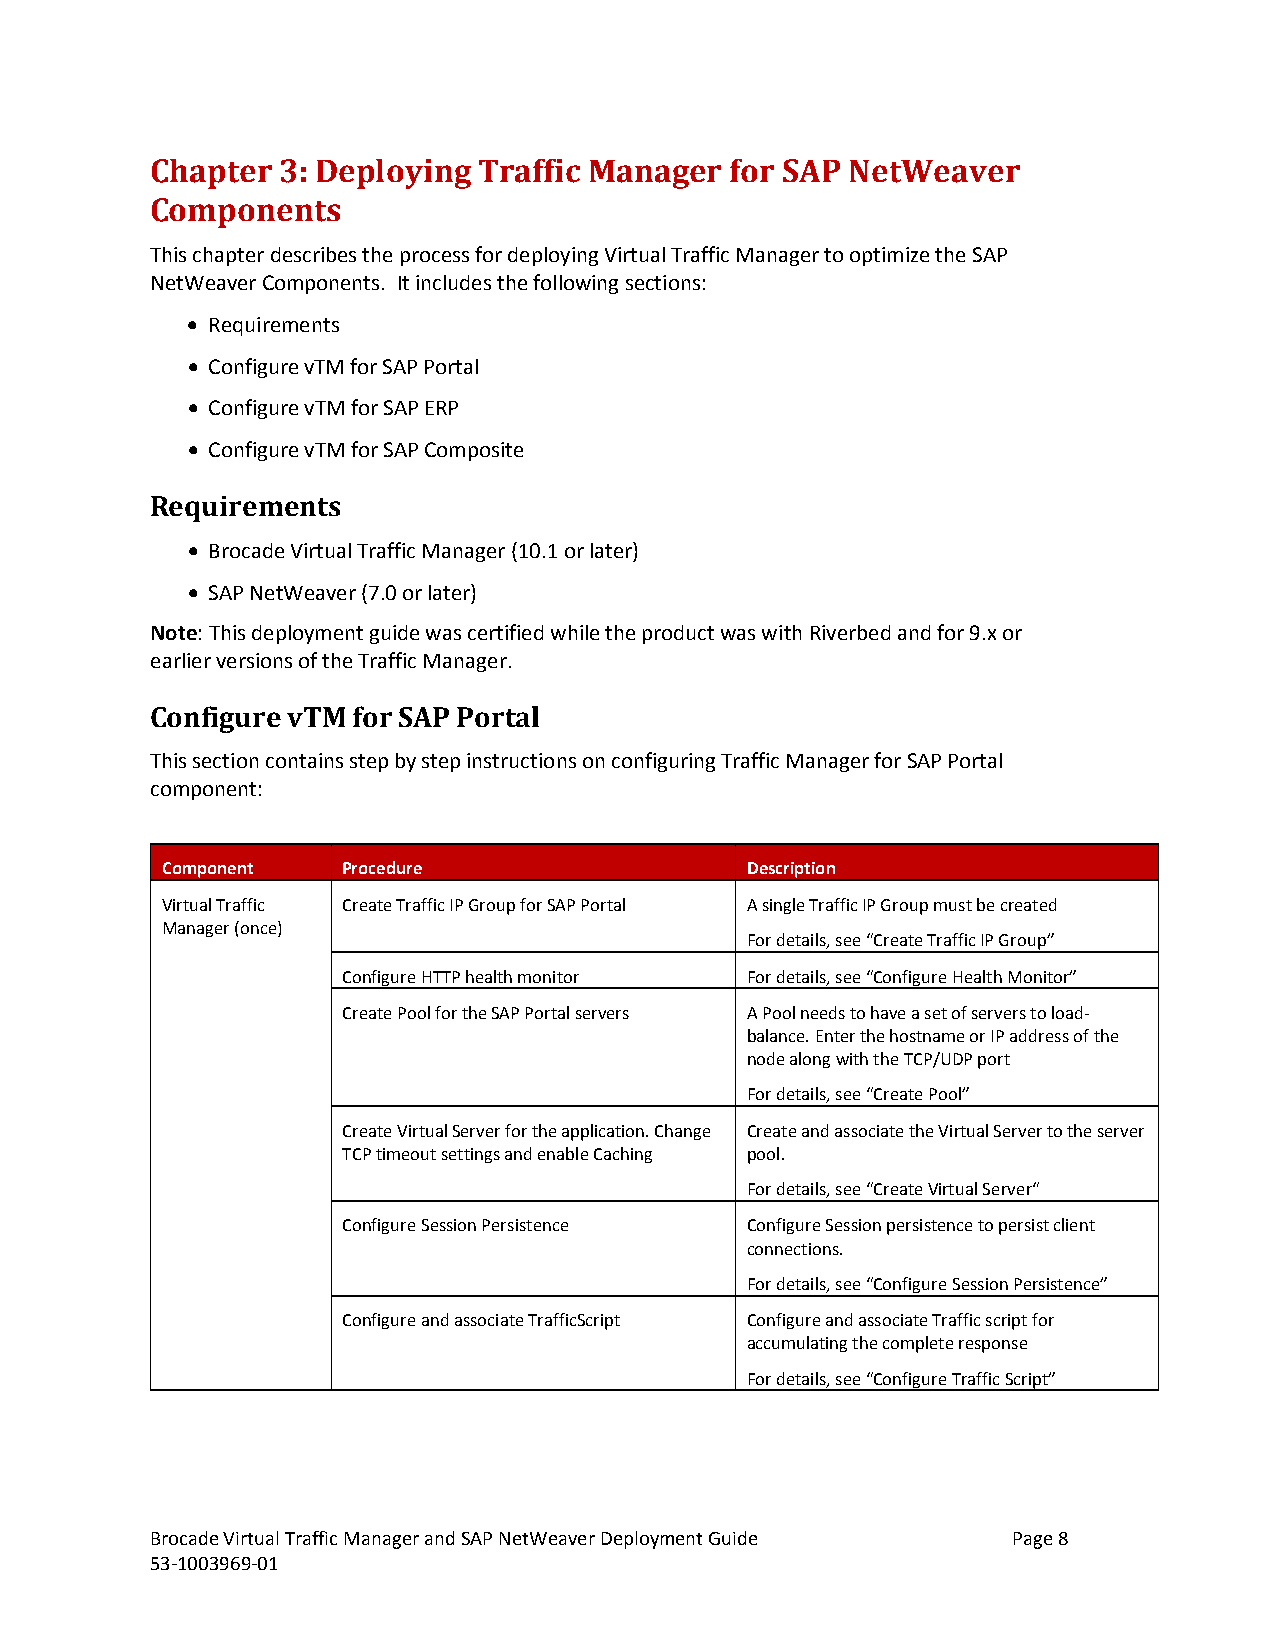
Chapter 3: Deploying  Traffic Manager for SAP NetWeaver
 Components
 This chapter describes the process for deploying Virtual Traffic Manager to optimize the SAP
 NetWeaver Components. It includes the following sections:
 • Requirements
 • Configure vTM for SAP Portal
 • Configure vTM for SAP ERP
 • Configure vTM for SAP Composite
 Requirements
 • Brocade Virtual Traffic Manager (10.1 or later)
 • SAP NetWeaver (7.0 or later)
 Note: This deployment guide was certified while the product was with Riverbed and for 9.x or
 earlier versions of the Traffic Manager.
 Configure vTM for SAP Portal
 This section contains step by step instructions on configuring Traffic Manager for SAP Portal
 component:
 Component   Procedure                 Description
 Virtual Traffic Create Traffic IP Group for SAP Portal A single Traffic IP Group must be created
 Manager (once)
 For details, see “Create Traffic IP Group”
 Configure HTTP health monitor For details, see “Configure Health Monitor”
 Create Pool for the SAP Portal servers A Pool needs to have a set of servers to load-
 balance. Enter the hostname or IP address of the
 node along with the TCP/UDP port
 For details, see “Create Pool”
 Create Virtual Server for the application. Change Create and associate the Virtual Server to the server
 TCP timeout settings and enable Caching pool.
 For details, see “Create Virtual Server“
 Configure Session Persistence Configure Session persistence to persist client
 connections.
 For details, see “Configure Session Persistence”
 Configure and associate TrafficScript Configure and associate Traffic script for
 accumulating the complete response
 For details, see “Configure Traffic Script”
 Brocade Virtual Traffic Manager and SAP NetWeaver Deployment Guide Page 8
 53-1003969-01